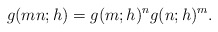
\begin{align*} g(mn;h) = g(m;h)^n g(n;h)^m.\end{align*}